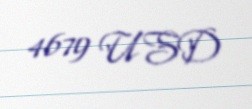
4679 USD